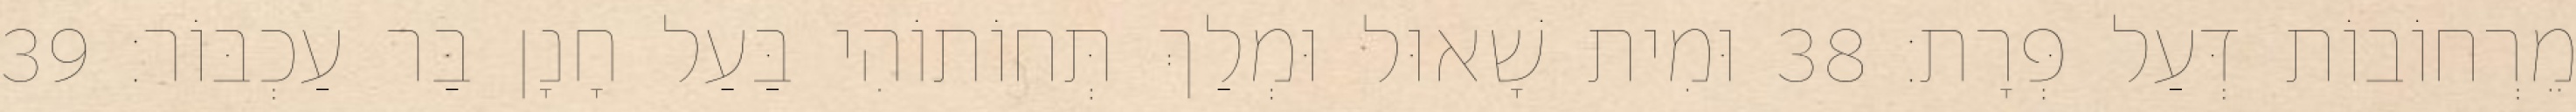
מֵרְחוֹבוֹת דְּעַל פְּרָת׃ 38 וּמִית שָׁאוּל וּמְלַךְ תְּחוֹתוֹהִי בַּעַל חָנָן בַּר עַכְבּוֹר׃ 39